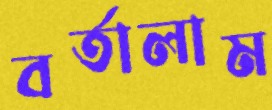
বর্তালাম